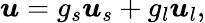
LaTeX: \boldsymbol{u}=g_{s}\boldsymbol{u}_{s}+g_{l}\boldsymbol{u}_{l},